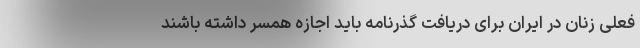
فعلی زنان در ایران برای دریافت گذرنامه باید اجازه همسر داشته باشند